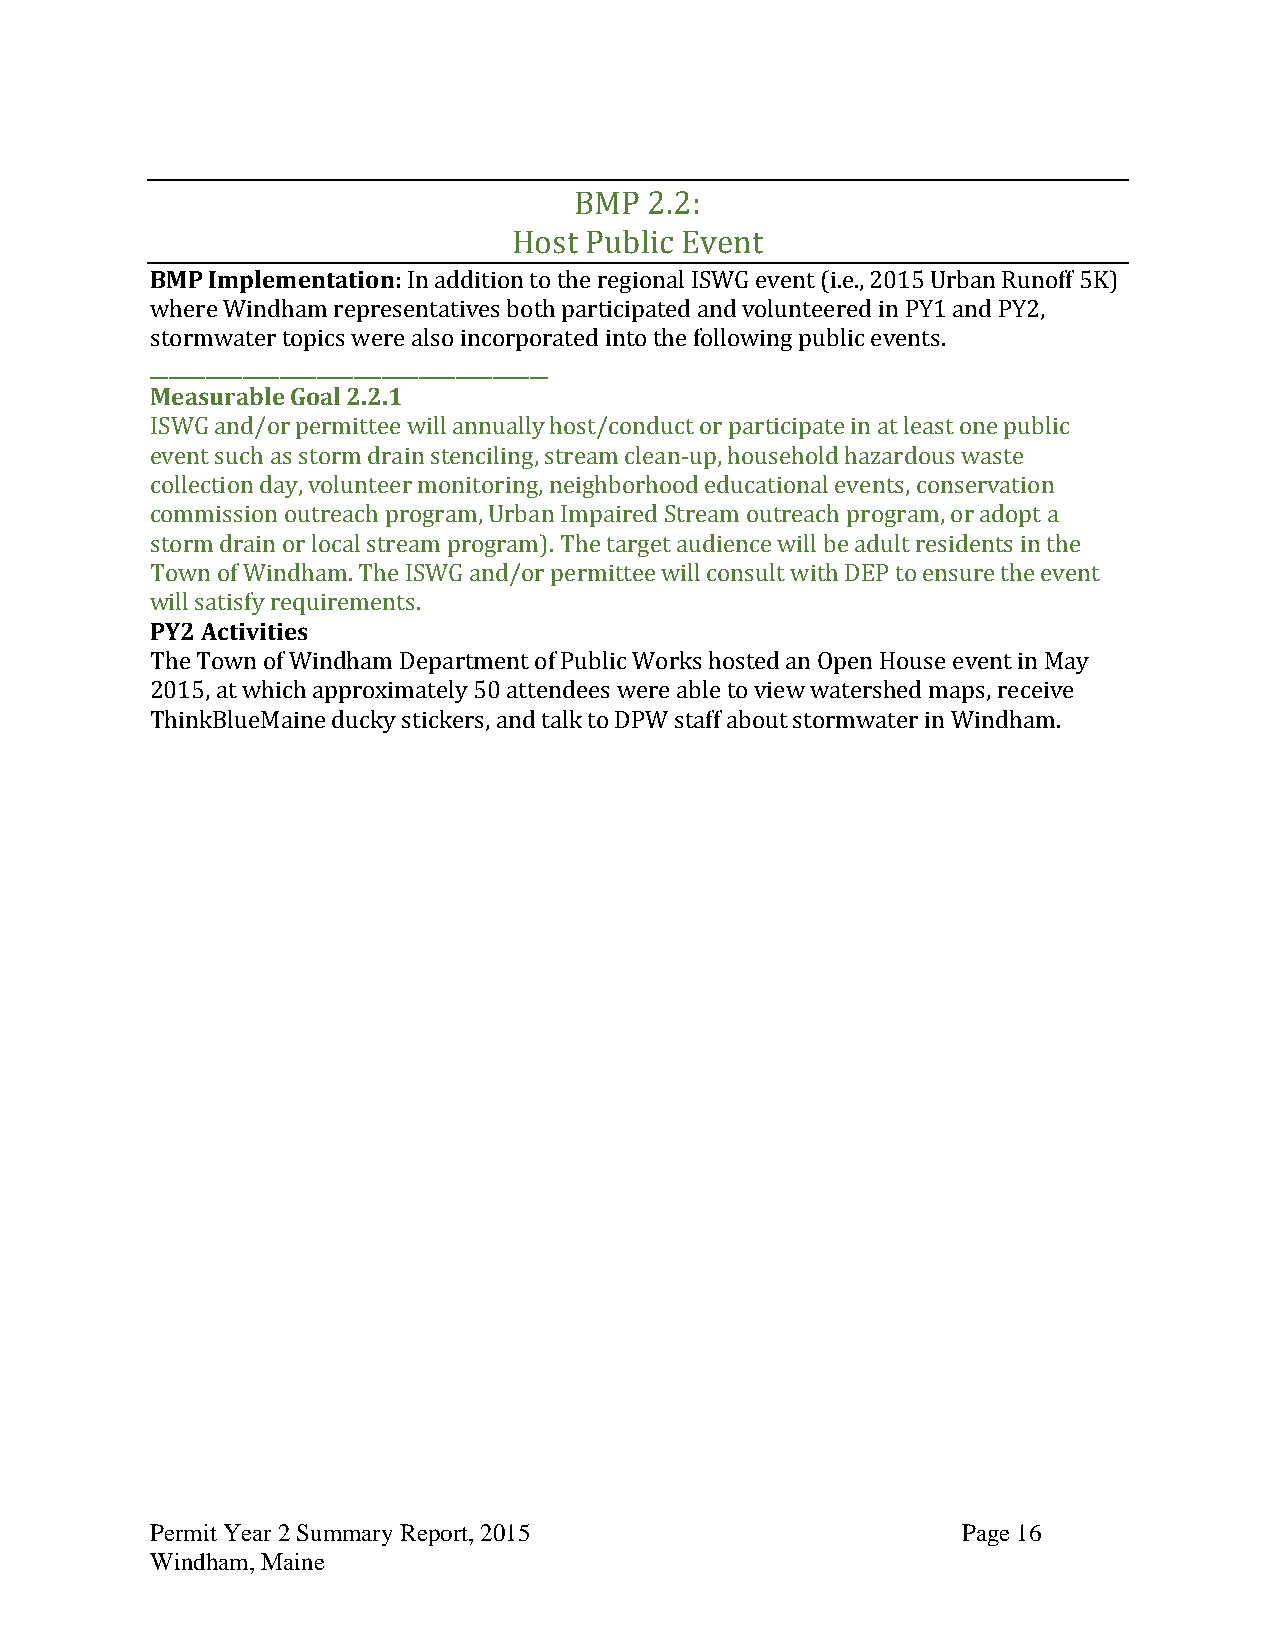
BMP  2.2:
 Host Public Event
 BMP Implementation: In addition to the regional ISWG event (i.e., 2015 Urban Runoff 5K)
 where Windham representatives both participated and volunteered in PY1 and PY2,
 stormwater topics were also incorporated into the following public events.
 ___________________________________________
 Measurable Goal 2.2.1
 ISWG and/or permittee will annually host/conduct or participate in at least one public
 event such as storm drain stenciling, stream clean-up, household hazardous waste
 collection day, volunteer monitoring, neighborhood educational events, conservation
 commission outreach program, Urban Impaired Stream outreach program, or adopt a
 storm drain or local stream program). The target audience will be adult residents in the
 Town of Windham. The ISWG and/or permittee will consult with DEP to ensure the event
 will satisfy requirements.
 PY2 Activities
 The Town of Windham Department of Public Works hosted an Open House event in May
 2015, at which approximately 50 attendees were able to view watershed maps, receive
 ThinkBlueMaine ducky stickers, and talk to DPW staff about stormwater in Windham.
 Permit Year 2 Summary Report, 2015                    Page 16
 Windham, Maine